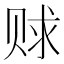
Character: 赇